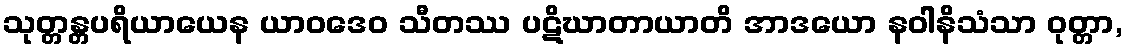
သုတ္တန္တပရိယာယေန ယာဝဒေဝ သီတဿ ပဋိဃာတာယာတိ အာဒယော နဝါနိသံသာ ဝုတ္တာ,